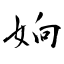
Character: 姠